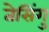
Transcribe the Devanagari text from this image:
तेसिंगु